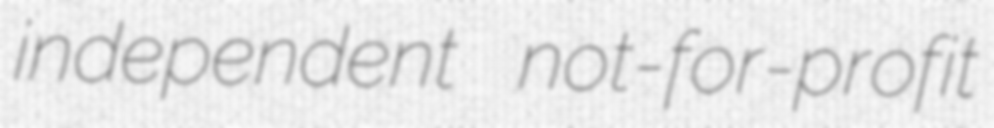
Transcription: independent not-for-profit